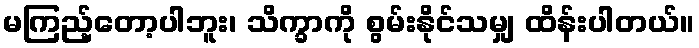
မကြည့်တော့ပါဘူး၊ သိက္ခာကို စွမ်းနိုင်သမျှ ထိန်းပါတယ်။